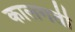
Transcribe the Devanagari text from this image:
कालगती